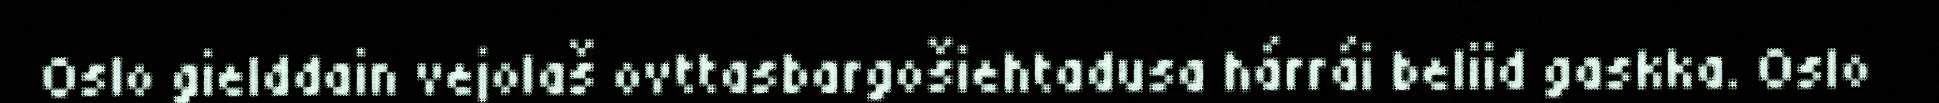
Oslo gielddain vejolaš ovttasbargošiehtadusa hárrái beliid gaskka. Oslo